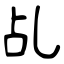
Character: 乩